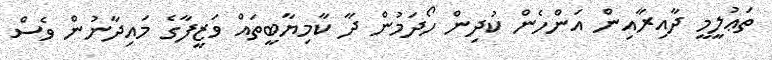
ތަޢުލީމީ ދާއިރާއިން އަންހެން ކުދިން ހޯދަމުން ދާ ކާމިޔާބީތައް ވަޒީފާގެ މައިދާނުން ވެސް